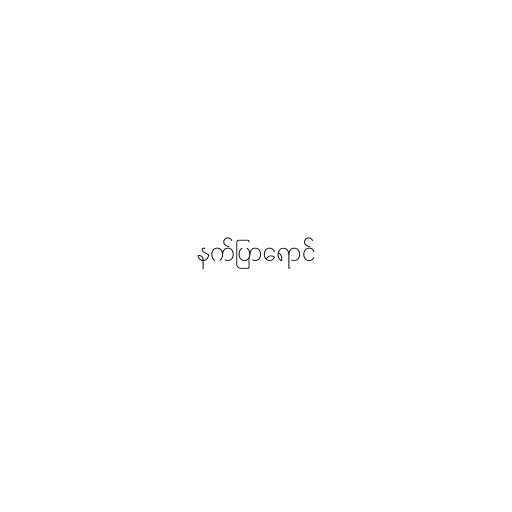
နက်ပြာရောင်